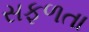
સફળતા